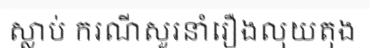
ស្លាប់ ករណីសួរនាំរឿងលុយតុង